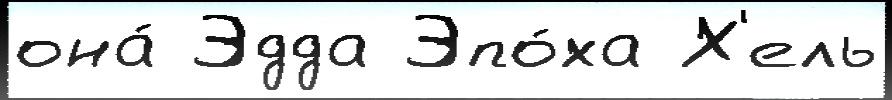
она́ Эдда Эпо́ха Х'ель